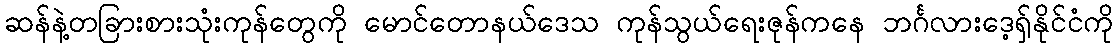
ဆန်နဲ့တခြားစားသုံးကုန်တွေကို မောင်တောနယ်ဒေသ ကုန်သွယ်ရေးဇုန်ကနေ ဘင်္ဂလားဒေ့ရှ်နိုင်ငံကို